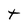
Character: t